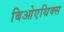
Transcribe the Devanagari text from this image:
बिओएथिक्स